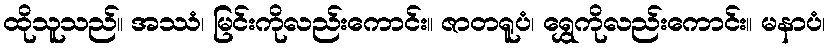
ထိုသူသည်။ အဿံ၊ မြင်းကိုလည်းကောင်း။ ဇာတရူပံ၊ ရွှေကိုလည်းကောင်း။ မနာပံ၊